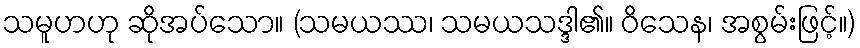
သမူဟဟု ဆိုအပ်သော။ (သမယဿ၊ သမယသဒ္ဒါ၏။ ဝိသေန၊ အစွမ်းဖြင့်။)